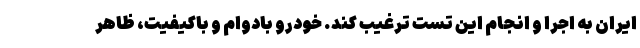
ایران به اجرا و انجام این تست ترغیب کند. خودرو بادوام و باکیفیت، ظاهر